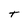
Character: t